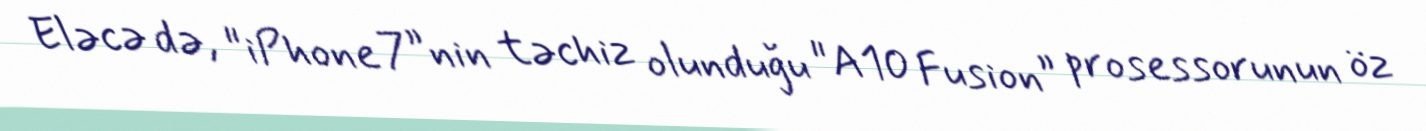
Eləcə də, "iPhone 7”nin təchiz olunduğu "A10 Fusion” prosessorunun öz